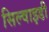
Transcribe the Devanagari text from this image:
सिल्वाइडी